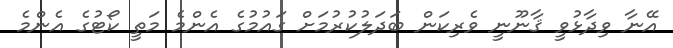
އޭނާ ވިދާޅުވީ ޤާނޫނީ ވެރިކަން ބަދަލުކުރުމަށް ގައުމުގެ އެންމެ މަތީ ކޯޓުގެ އެންމެ